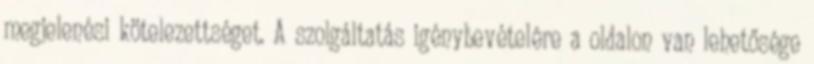
megjelenési kötelezettséget. A szolgáltatás igénybevételére a oldalon van lehetősége